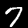
Digit: 7